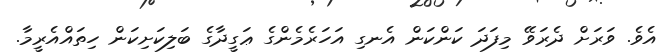
އެވެ. ވަރަށް ދެރަވޭ މިފަދަ ކަންކަން އެނގި އަހަރެމެންގެ ޢަގީދާގެ ބަލިކަށިކަން ހިތައްއެރީމާ.